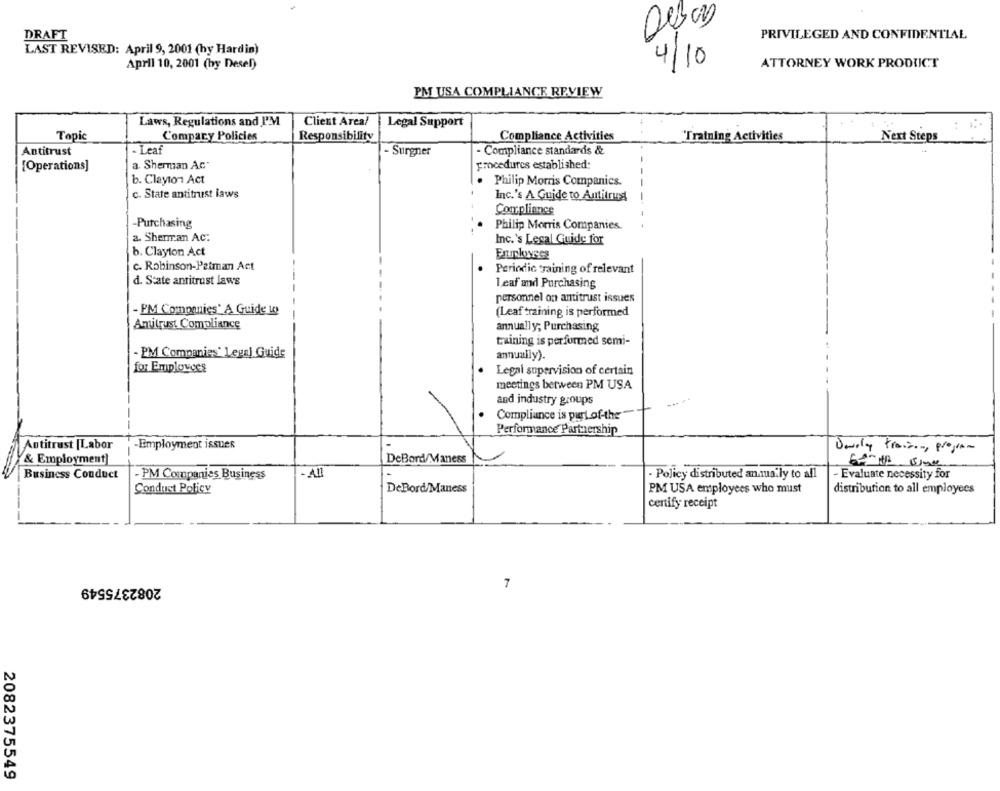
0400
DRAFT
PRIVILEGED AND CONFIDENTIAL
LAST REVISED: April 9, 2001 (hy Hardin)
4/10
ATTORNEY WORK PRODUCT
April 10, 2001 (hy Desel)
PM USA COMPLIANCE REVIEW
Laws, Regulations and I'M
Client Areal
Legal Support
Topic
Compary Policies
Responsibility
Compliance Activities
"Training Activities
Next Steps
- Leaf
- Compliance standards &
Antitrust
- Surgner
a. Sherman Ac
procedures established:
[Operations]
-
b. Clayton1 Act
Philip Morris Companies.
c. State antitrust laws
Inc.'s A Guide to Antitrust
-
Compliance
-Purchasing
Philip Morris Companies.
a. Sherman AC.
Inc.'s Lecal Guide for
b. Clayton Act
Exumkees
c. Robinson-Patman Act
Periodic raining of relevant
d. State antitrust laws
1 eaf and Purchasing
personnel on antitrust issues
- PM Companies' A Guide 1
(Leaf training is performed
Antitrust Compliance
annually; Purchasing
training is performed semi-
- PM Companies' Legal Guide
annually).
for Employees
Legai supervision of certain
meetings between PM USA
and industry groups
Compliance is part of-the"
Performance Partnership
Antitrust [Labor
-Employment issues
Daily trainer, program
& Employment]
1
DeBond/Maness
Business Conduct
- PM Companies Business
- AI
- Policy distributed annually to all
- Evaluate necessity for
Conduct Policy
DeBord/Maness
PM USA employees who must
distribution to all employees
certify receipt
2082375549
7
2082375549